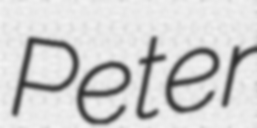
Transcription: Peter